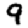
Digit: 9